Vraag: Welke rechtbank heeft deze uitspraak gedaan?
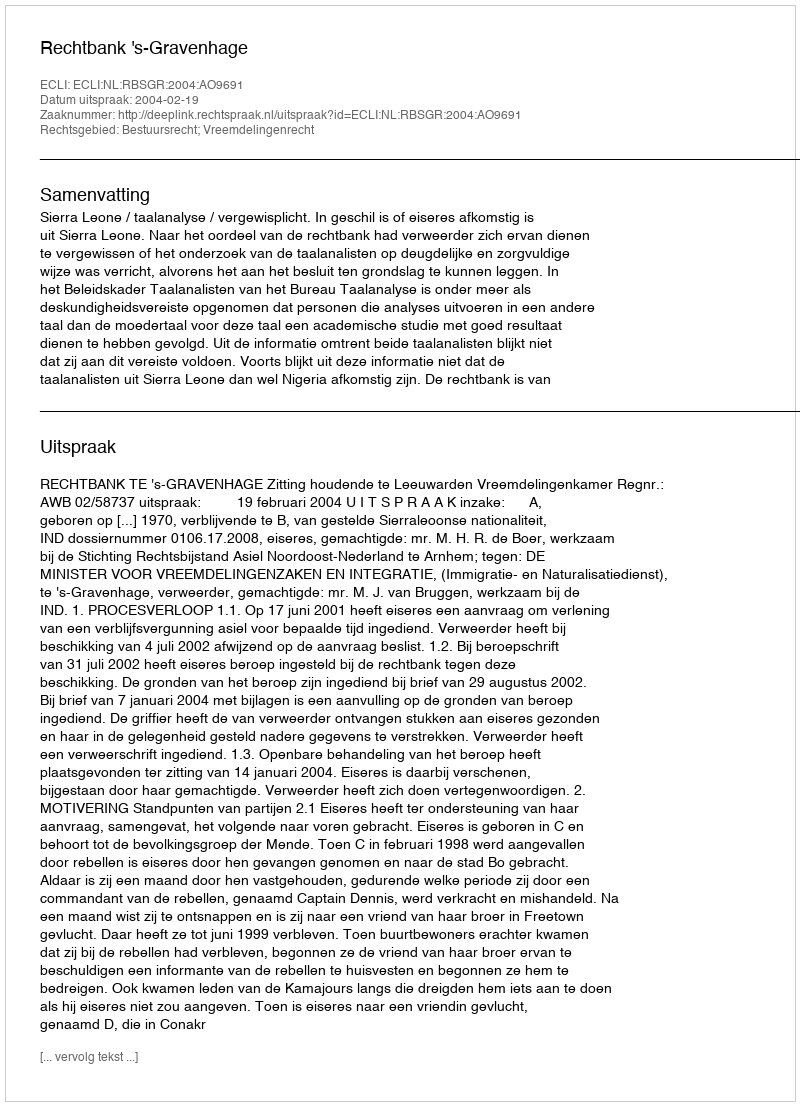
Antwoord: Rechtbank 's-Gravenhage